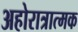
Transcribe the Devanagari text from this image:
अहोरात्रात्मक